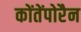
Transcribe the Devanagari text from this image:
कोंतेंपोरैन